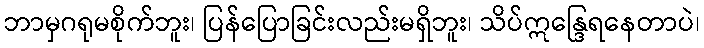
ဘာမှဂရုမစိုက်ဘူး၊ ပြန်ပြောခြင်းလည်းမရှိဘူး၊ သိပ်ဣန္ဒြေရနေတာပဲ၊